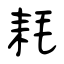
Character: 耗